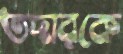
তদারকে